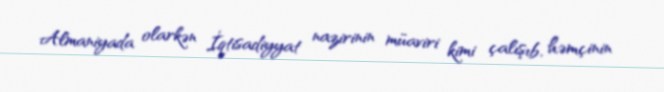
Almaniyada olarkən İqtisadiyyat nazirinin müaviri kimi çalışıb, həmçinin